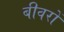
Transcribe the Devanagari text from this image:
बीवरों